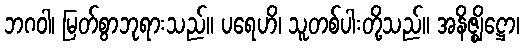
ဘဂဝါ၊ မြတ်စွာဘုရားသည်။ ပရေဟိ၊ သူတစ်ပါးတို့သည်။ အနိဇ္ဈိဋ္ဌော၊